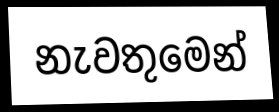
නැවතුමෙන්